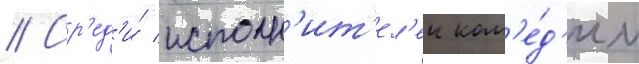
// Ср'ед'и́ исполн'ит'ел'еи ком'е́д'ии